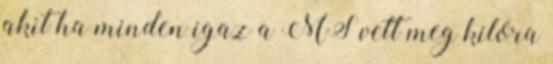
akit ha minden igaz a MS vett meg kilóra